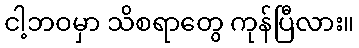
ငါ့ဘဝမှာ သိစရာတွေ ကုန်ပြီလား။